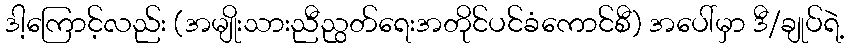
ဒါ့ကြောင့်လည်း (အမျိုးသားညီညွတ်ရေးအတိုင်ပင်ခံကောင်စီ) အပေါ်မှာ ဒီ/ချုပ်ရဲ့